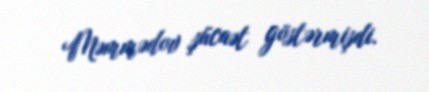
Məmmədov şücaət göstərmişdi.